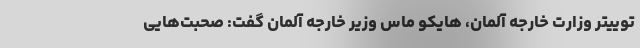
توییتر وزارت خارجه آلمان، هایکو ماس وزیر خارجه آلمان گفت: صحبت‌هایی